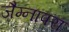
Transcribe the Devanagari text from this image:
जैम्नापरा